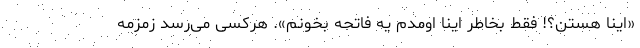
«اینا هستن؟! فقط بخاطر اینا اومدم یه فاتحه بخونم». هرکسی می‌رسد زمزمه